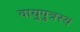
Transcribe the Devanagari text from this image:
वायुपुत्रस्य